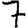
Digit: 7